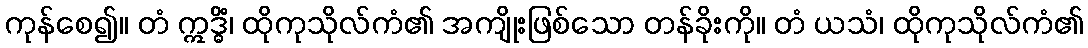
ကုန်စေ၍။ တံ ဣဒ္ဓိံ၊ ထိုကုသိုလ်ကံ၏ အကျိုးဖြစ်သော တန်ခိုးကို။ တံ ယသံ၊ ထိုကုသိုလ်ကံ၏